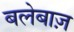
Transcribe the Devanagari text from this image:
बलेबाज़